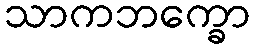
သာကဘက္ခော